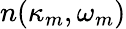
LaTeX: n(\kappa_{m},\omega_{m})